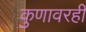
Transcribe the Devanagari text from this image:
कुणावरही